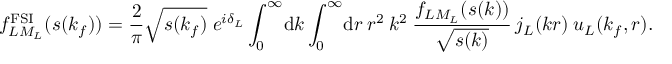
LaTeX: f _ { L M _ { L } } ^ { \mathrm { F S I } } ( s ( k _ { f } ) ) = \frac { 2 } { \pi } \sqrt { s ( k _ { f } ) } \; e ^ { i \delta _ { L } } \int _ { 0 } ^ { \infty } \! \mathrm { d } k \int _ { 0 } ^ { \infty } \! \mathrm { d } r \: r ^ { 2 } \: k ^ { 2 } \: \frac { f _ { L M _ { L } } ( s ( k ) ) } { \sqrt { s ( k ) } } \, j _ { L } ( k r ) \: u _ { L } ( k _ { f } , r ) .